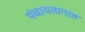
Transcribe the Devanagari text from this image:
पंचायतानात